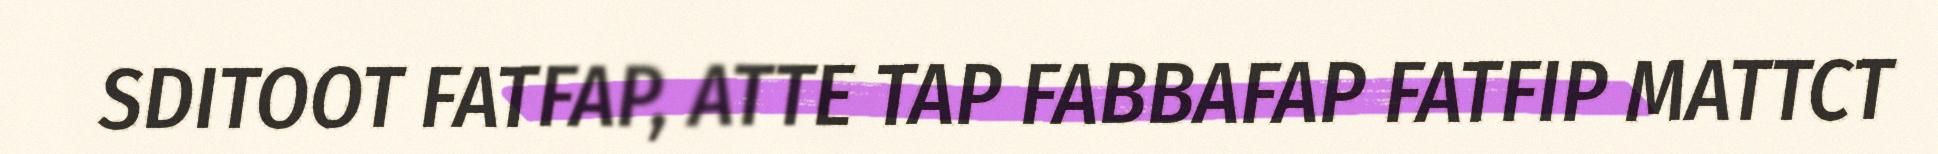
SDITOOT FATFAP, ATTE TAP FABBAFAP FATFIP MATTCT